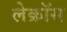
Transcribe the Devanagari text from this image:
लेक्रॉस